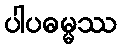
ပါပဓမ္မဿ